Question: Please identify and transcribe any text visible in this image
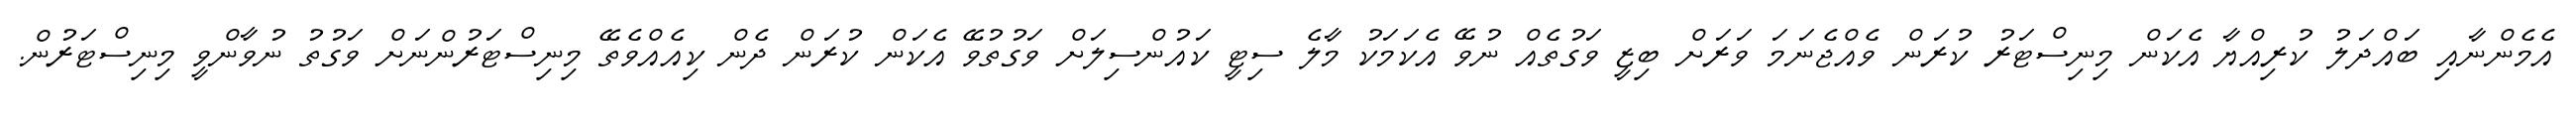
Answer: އެމެންނާއި ބައްދަލު ކުރިއްޔާ އެކަން މިނިސްޓަރު ކުރަން ވެއްޖެނަމަ ވަރަށް ބިޒީ ވަގުތެއް ނުވޭ އެކަމަކު މާލެ ސިޓީ ކައުންސިލަށް ވަގުތުވޭ އެކަން ކުރަން ދެން ކިއެއްވެތޭ މިނިސްޓަރުންނަށް ވަގުތު ނުވާންވީ މިނިސްޓަރުން.